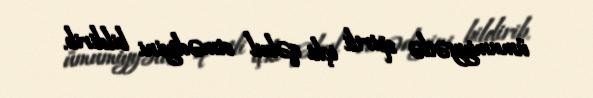
ümumiyyətlə spirtli içki qəbul etmədiyini bildirib.